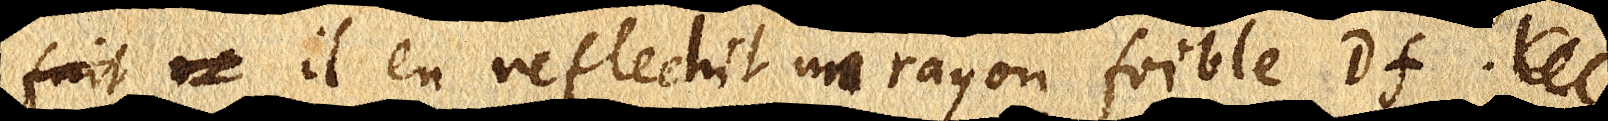
fait re il en reflechit un rayon foible Df.